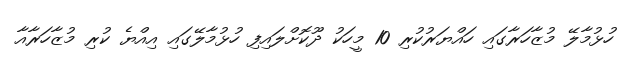
ހުޅުމާލޭ މުޒާހަރާގައި ހައްޔަރުކުރި 10 މީހަކު ދޫކޮށްލައިފި ހުޅުމާލޭގައި އިއްޔެ ކުރި މުޒާހަރާއާ